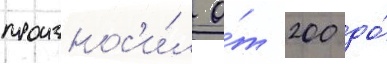
произнос'и́л о́т 200 до́